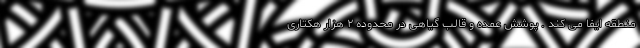
منطقه ایفا می کند . پوشش عمده و قالب گیاهی در محدوده ۲ هزار هکتاری